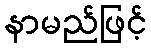
နာမည်ဖြင့်